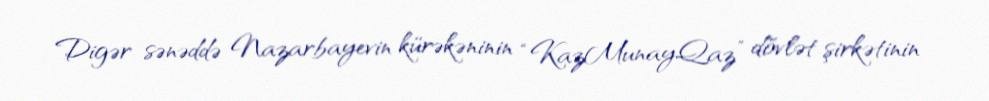
Digər sənəddə Nazarbayevin kürəkəninin “KazMunayQaz” dövlət şirkətinin